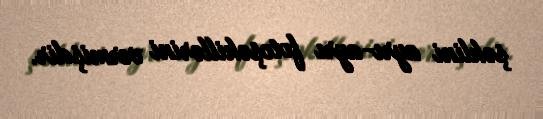
şəklini ayrı-ayrı fotoşəkillərini vermişdir.